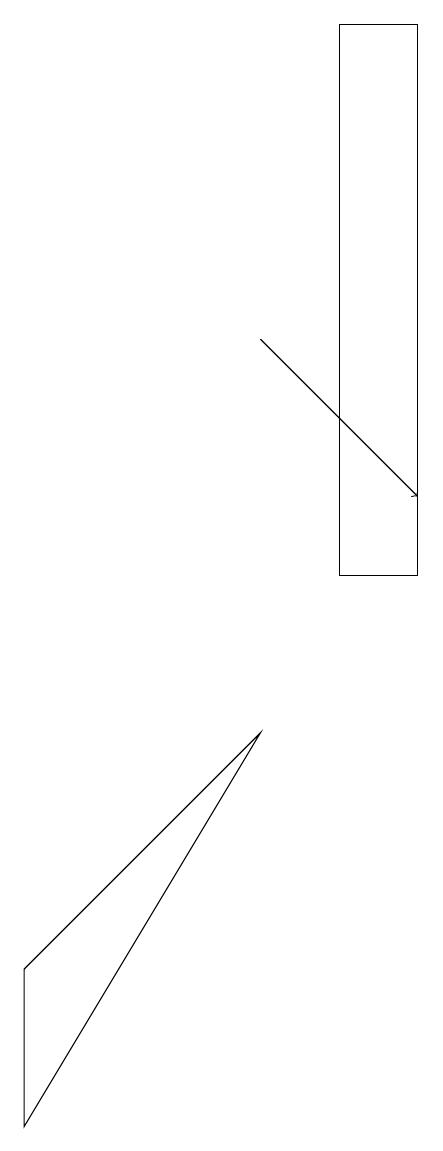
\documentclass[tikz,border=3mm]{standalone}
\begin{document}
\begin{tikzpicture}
\draw (9,17) rectangle (8,10);
\draw (4,5) -- (4,3) -- (7,8) -- cycle;
\draw[->] (7,13) -- (9,11);
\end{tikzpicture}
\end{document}